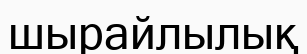
шырайлылық